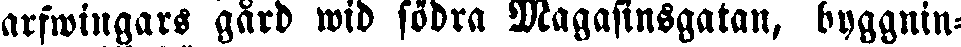
arfwingars gård wid södra Magasinsgatan, byggnin-